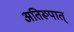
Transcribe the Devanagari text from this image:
अतिरूपात्